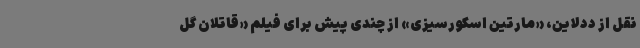
نقل از ددلاین، «مارتین اسکورسیزی» از چندی پیش برای فیلم «قاتلان گل